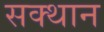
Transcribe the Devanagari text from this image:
सक्थान